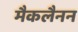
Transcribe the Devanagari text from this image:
मैकलैनन